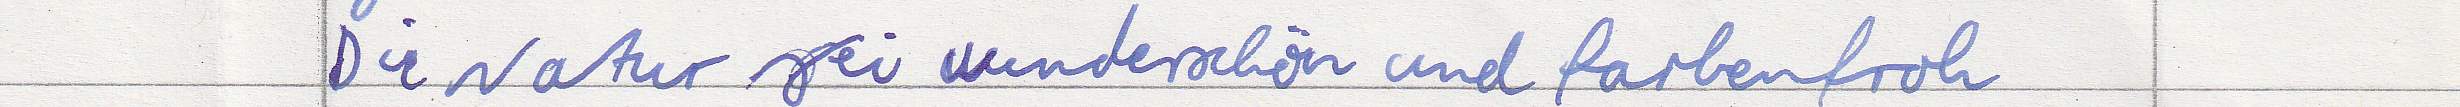
Die Natur sei wunderschön und farbenfroh